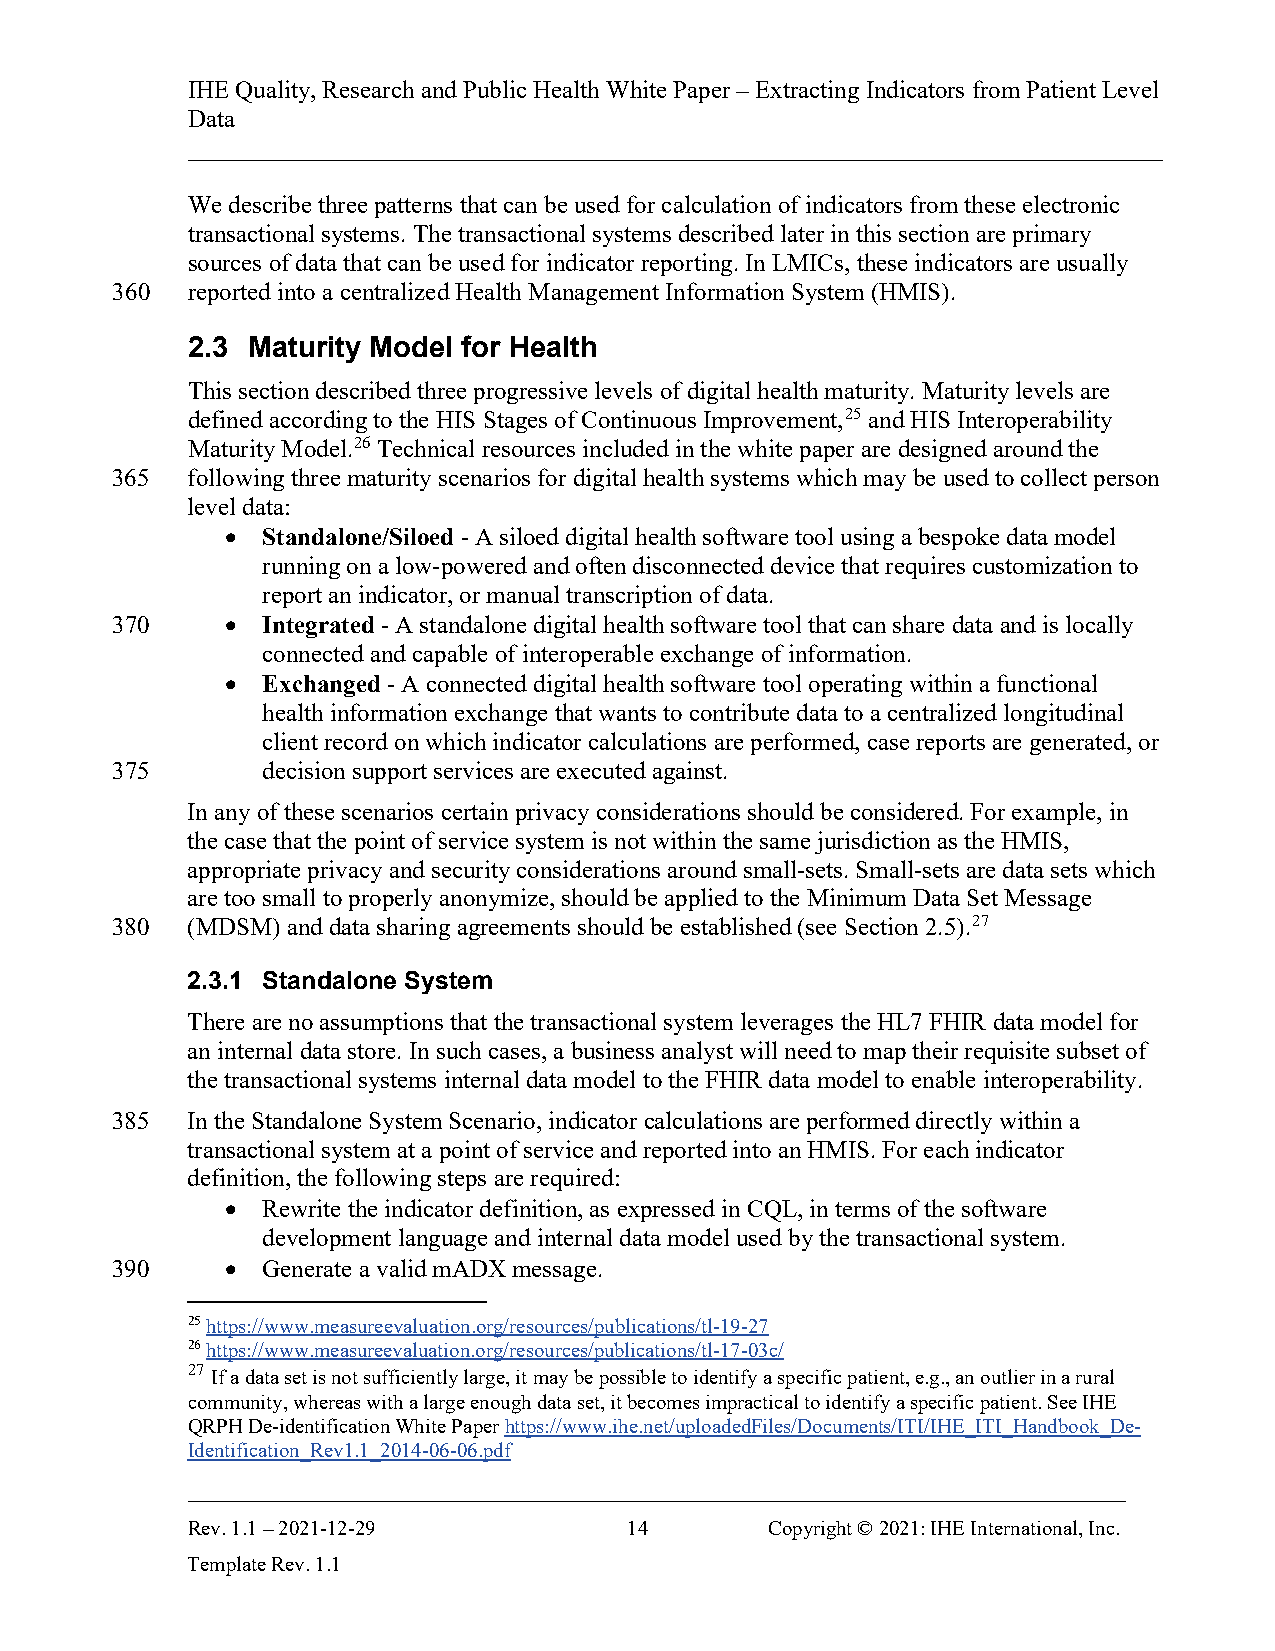
IHE Quality, Research and Public Health White Paper – Extracting Indicators from Patient Level
 Data
 ______________________________________________________________________________
 We describe three patterns that can be used for calculation of indicators from these electronic
 transactional systems. The transactional systems described later in this section are primary
 sources of data that can be used for indicator reporting. In LMICs, these indicators are usually
 360  reported into a centralized Health Management Information System (HMIS).
 2.3 Maturity Model for Health
 This section described three progressive levels of digital health maturity. Maturity levels are
 defined according to the HIS Stages of Continuous Improvement,25 and HIS Interoperability
 Maturity Model.26 Technical resources included in the white paper are designed around the
 365  following three maturity scenarios for digital health systems which may be used to collect person
 level data:
 • Standalone/Siloed - A siloed digital health software tool using a bespoke data model
 running on a low-powered and often disconnected device that requires customization to
 report an indicator, or manual transcription of data.
 370     • Integrated - A standalone digital health software tool that can share data and is locally
 connected and capable of interoperable exchange of information.
 • Exchanged - A connected digital health software tool operating within a functional
 health information exchange that wants to contribute data to a centralized longitudinal
 client record on which indicator calculations are performed, case reports are generated, or
 375       decision support services are executed against.
 In any of these scenarios certain privacy considerations should be considered. For example, in
 the case that the point of service system is not within the same jurisdiction as the HMIS,
 appropriate privacy and security considerations around small-sets. Small-sets are data sets which
 are too small to properly anonymize, should be applied to the Minimum Data Set Message
 380  (MDSM) and data sharing agreements should be established (see Section 2.5).27
 2.3.1 Standalone System
 There are no assumptions that the transactional system leverages the HL7 FHIR data model for
 an internal data store. In such cases, a business analyst will need to map their requisite subset of
 the transactional systems internal data model to the FHIR data model to enable interoperability.
 385  In the Standalone System Scenario, indicator calculations are performed directly within a
 transactional system at a point of service and reported into an HMIS. For each indicator
 definition, the following steps are required:
 • Rewrite the indicator definition, as expressed in CQL, in terms of the software
 development language and internal data model used by the transactional system.
 390     • Generate a valid mADX message.
 25 https://www.measureevaluation.org/resources/publications/tl-19-27
 26 https://www.measureevaluation.org/resources/publications/tl-17-03c/
 27
 If a data set is not sufficiently large, it may be possible to identify a specific patient, e.g., an outlier in a rural
 community, whereas with a large enough data set, it becomes impractical to identify a specific patient. See IHE
 QRPH De-identification White Paper https://www.ihe.net/uploadedFiles/Documents/ITI/IHE_ITI_Handbook_De-
 Identification_Rev1.1_2014-06-06.pdf
 ___________________________________________________________________________
 Rev. 1.1 – 2021-12-29         14       Copyright © 2021: IHE International, Inc.
 Template Rev. 1.1